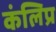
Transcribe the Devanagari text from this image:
कंलिप्र